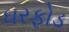
ઘરફોડ